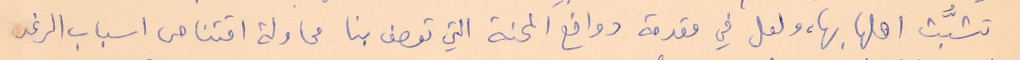
تشبُّث اهلها بها، ولعل في مقدمة دوافع المحنة التي تعصف بنا محاولة اقتناص اسباب الرغد